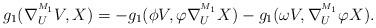
LaTeX: \begin{align*}g_{1}(\nabla^{^{M_1}}_{U}V,X) &=-g_{1}(\phi V,\varphi\nabla^{^{M_1}}_{U}X)-g_{1}(\omega V,\nabla^{^{M_1}}_{U}\varphi X).\end{align*}